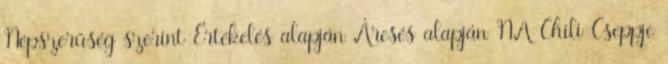
Népszerűség szerint Értékelés alapján Áresés alapján NA Chili Cseppje